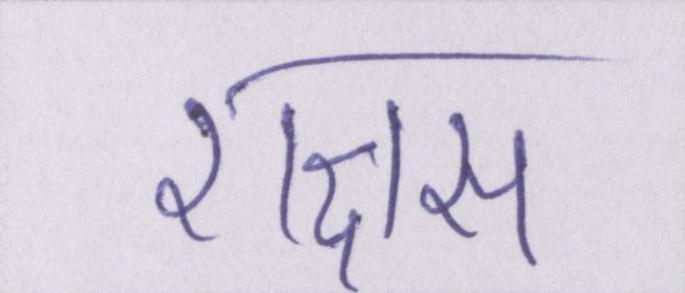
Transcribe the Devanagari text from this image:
राक्षस